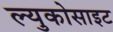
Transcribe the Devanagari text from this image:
ल्युकोसाइट